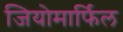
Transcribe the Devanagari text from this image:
जियोमार्फिल